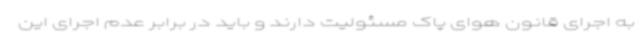
به اجرای قانون هوای پاک مسئولیت دارند و باید در برابر عدم اجرای این